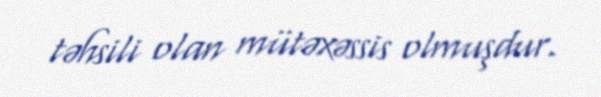
təhsili olan mütəxəssis olmuşdur.